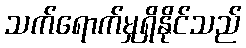
သက်ရောက်မှုရှိနိုင်သည်